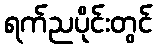
ရက်ညပိုင်းတွင်